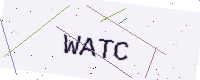
Text: WATC